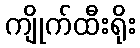
ကျိုက်ထီးရိုး